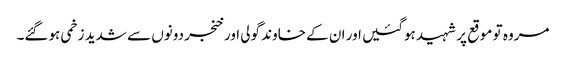
مروہ تو موقع پر شہید ہوگئیں اور ان کے خاوند گولی اور خنجر دونوں سے شدید زخمی ہوگئے۔